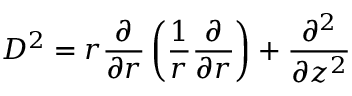
D ^ { 2 } = r \frac { \partial } { \partial r } \left( \frac { 1 } { r } \frac { \partial } { \partial r } \right) + \frac { \partial ^ { 2 } } { \partial z ^ { 2 } }